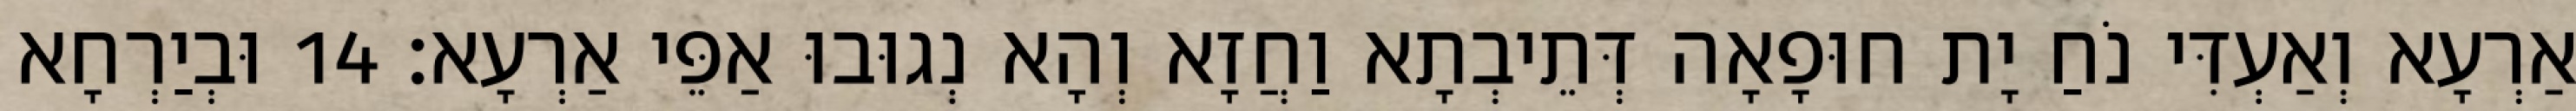
אַרְעָא וְאַעְדִּי נֹחַ יָת חוּפָאָה דְּתֵיבְתָא וַחֲזָא וְהָא נְגוּבוּ אַפֵּי אַרְעָא׃ 14 וּבְיַרְחָא